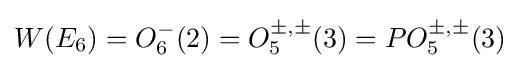
W(E_{6})=O_{6}^{-}(2)=O_{5}^{\pm ,\pm }(3)=PO_{5}^{\pm ,\pm }(3)